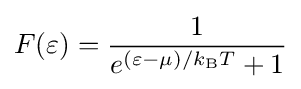
F(\varepsilon )={\frac {1}{e^{(\varepsilon -\mu )/k_{\text{B}}T}+1}}